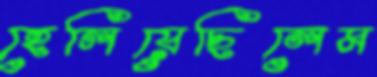
হেলিয়েছিলেম